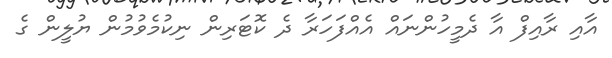
އާއި ރާއިފް އާ ދެމީހުންނައް އެއްފަހަރާ ދެ ކޮޓަރިން ނިކުމެވުމުން ޔުލީން ގެ